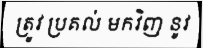
ត្រូវ ប្រគល់ មកវិញ នូវ